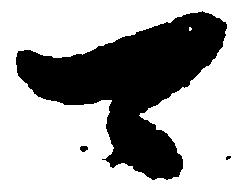
可